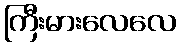
ကြီးမားလေလေ